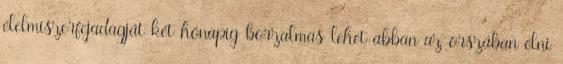
élelmiszerfejadagját két hónapig borzalmas lehet abban az orszában élni